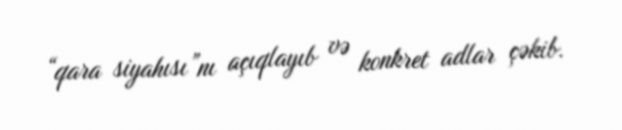
“qara siyahısı”nı açıqlayıb və konkret adlar çəkib.